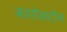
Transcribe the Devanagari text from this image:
कारोलटोन